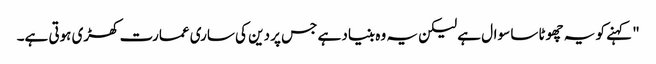
" کہنے کو یہ چھوٹا سا سوال ہے لیکن یہ وہ بنیاد ہے جس پر دین کی ساری عمارت کھڑی ہوتی ہے۔